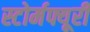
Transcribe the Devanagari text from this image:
स्टोर्मफ्यूरी